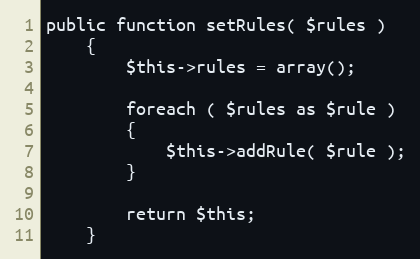
Language: PHP
public function setRules( $rules )
    {
        $this->rules = array();

        foreach ( $rules as $rule )
        {
            $this->addRule( $rule );
        }

        return $this;
    }